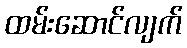
ထမ်းဆောင်လျက်